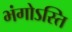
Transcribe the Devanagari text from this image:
भंगोऽस्ति